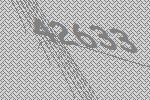
42633